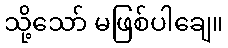
သို့သော် မဖြစ်ပါချေ။